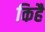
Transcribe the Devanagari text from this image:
किहै